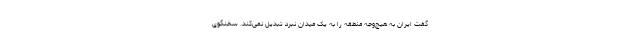
گفت ایران به هیچ‌وجه منطقه را به یک میدان نبرد تبدیل نمی‌کند. سخنگوی